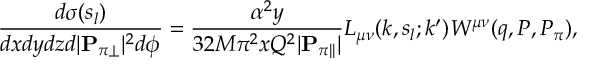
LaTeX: \frac { d \sigma ( s _ { l } ) } { d x d y d z d | { \bf P } _ { \pi \perp } | ^ { 2 } d \phi } = \frac { \alpha ^ { 2 } y } { 3 2 M \pi ^ { 2 } x Q ^ { 2 } | { \bf P } _ { \pi | | } | } L _ { \mu \nu } ( k , s _ { l } ; k ^ { \prime } ) W ^ { \mu \nu } ( q , P , P _ { \pi } ) ,